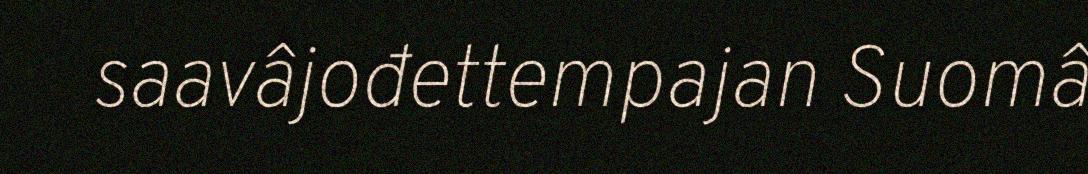
saavâjođettempajan Suomâ